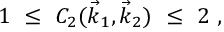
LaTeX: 1 \ \leq \ C _ { 2 } ( \vec { k } _ { 1 } , \vec { k } _ { 2 } ) \ \leq \ 2 \ ,